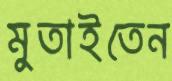
মুতাইতেন